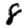
Digit: 8